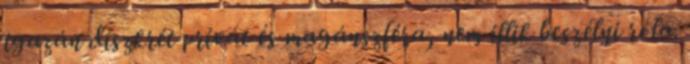
igazán diszkrét privát és magánszféra, nem illik beszélni róla.